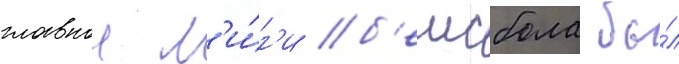
главнои л'и́г'и б'еисбола бы́л